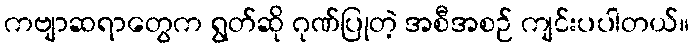
ကဗျာဆရာတွေက ရွတ်ဆို ဂုဏ်ပြုတဲ့ အစီအစဉ် ကျင်းပပါတယ်။